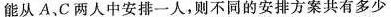
能从A.C两人中安排一人，则不同的安排方案共有多少